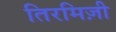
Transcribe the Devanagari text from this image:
तिरमिज़ी